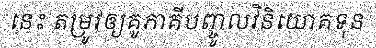
នេះ តម្រូវឲ្យគូភាគីបញ្ចូលវិនិយោគទុន